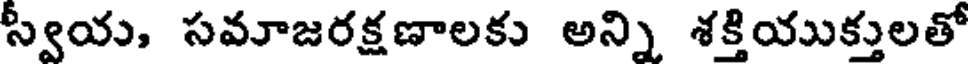
స్వయ, సవూజరక్షణాలకు అన్ని శక్తియుక్తులతో